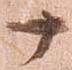
十